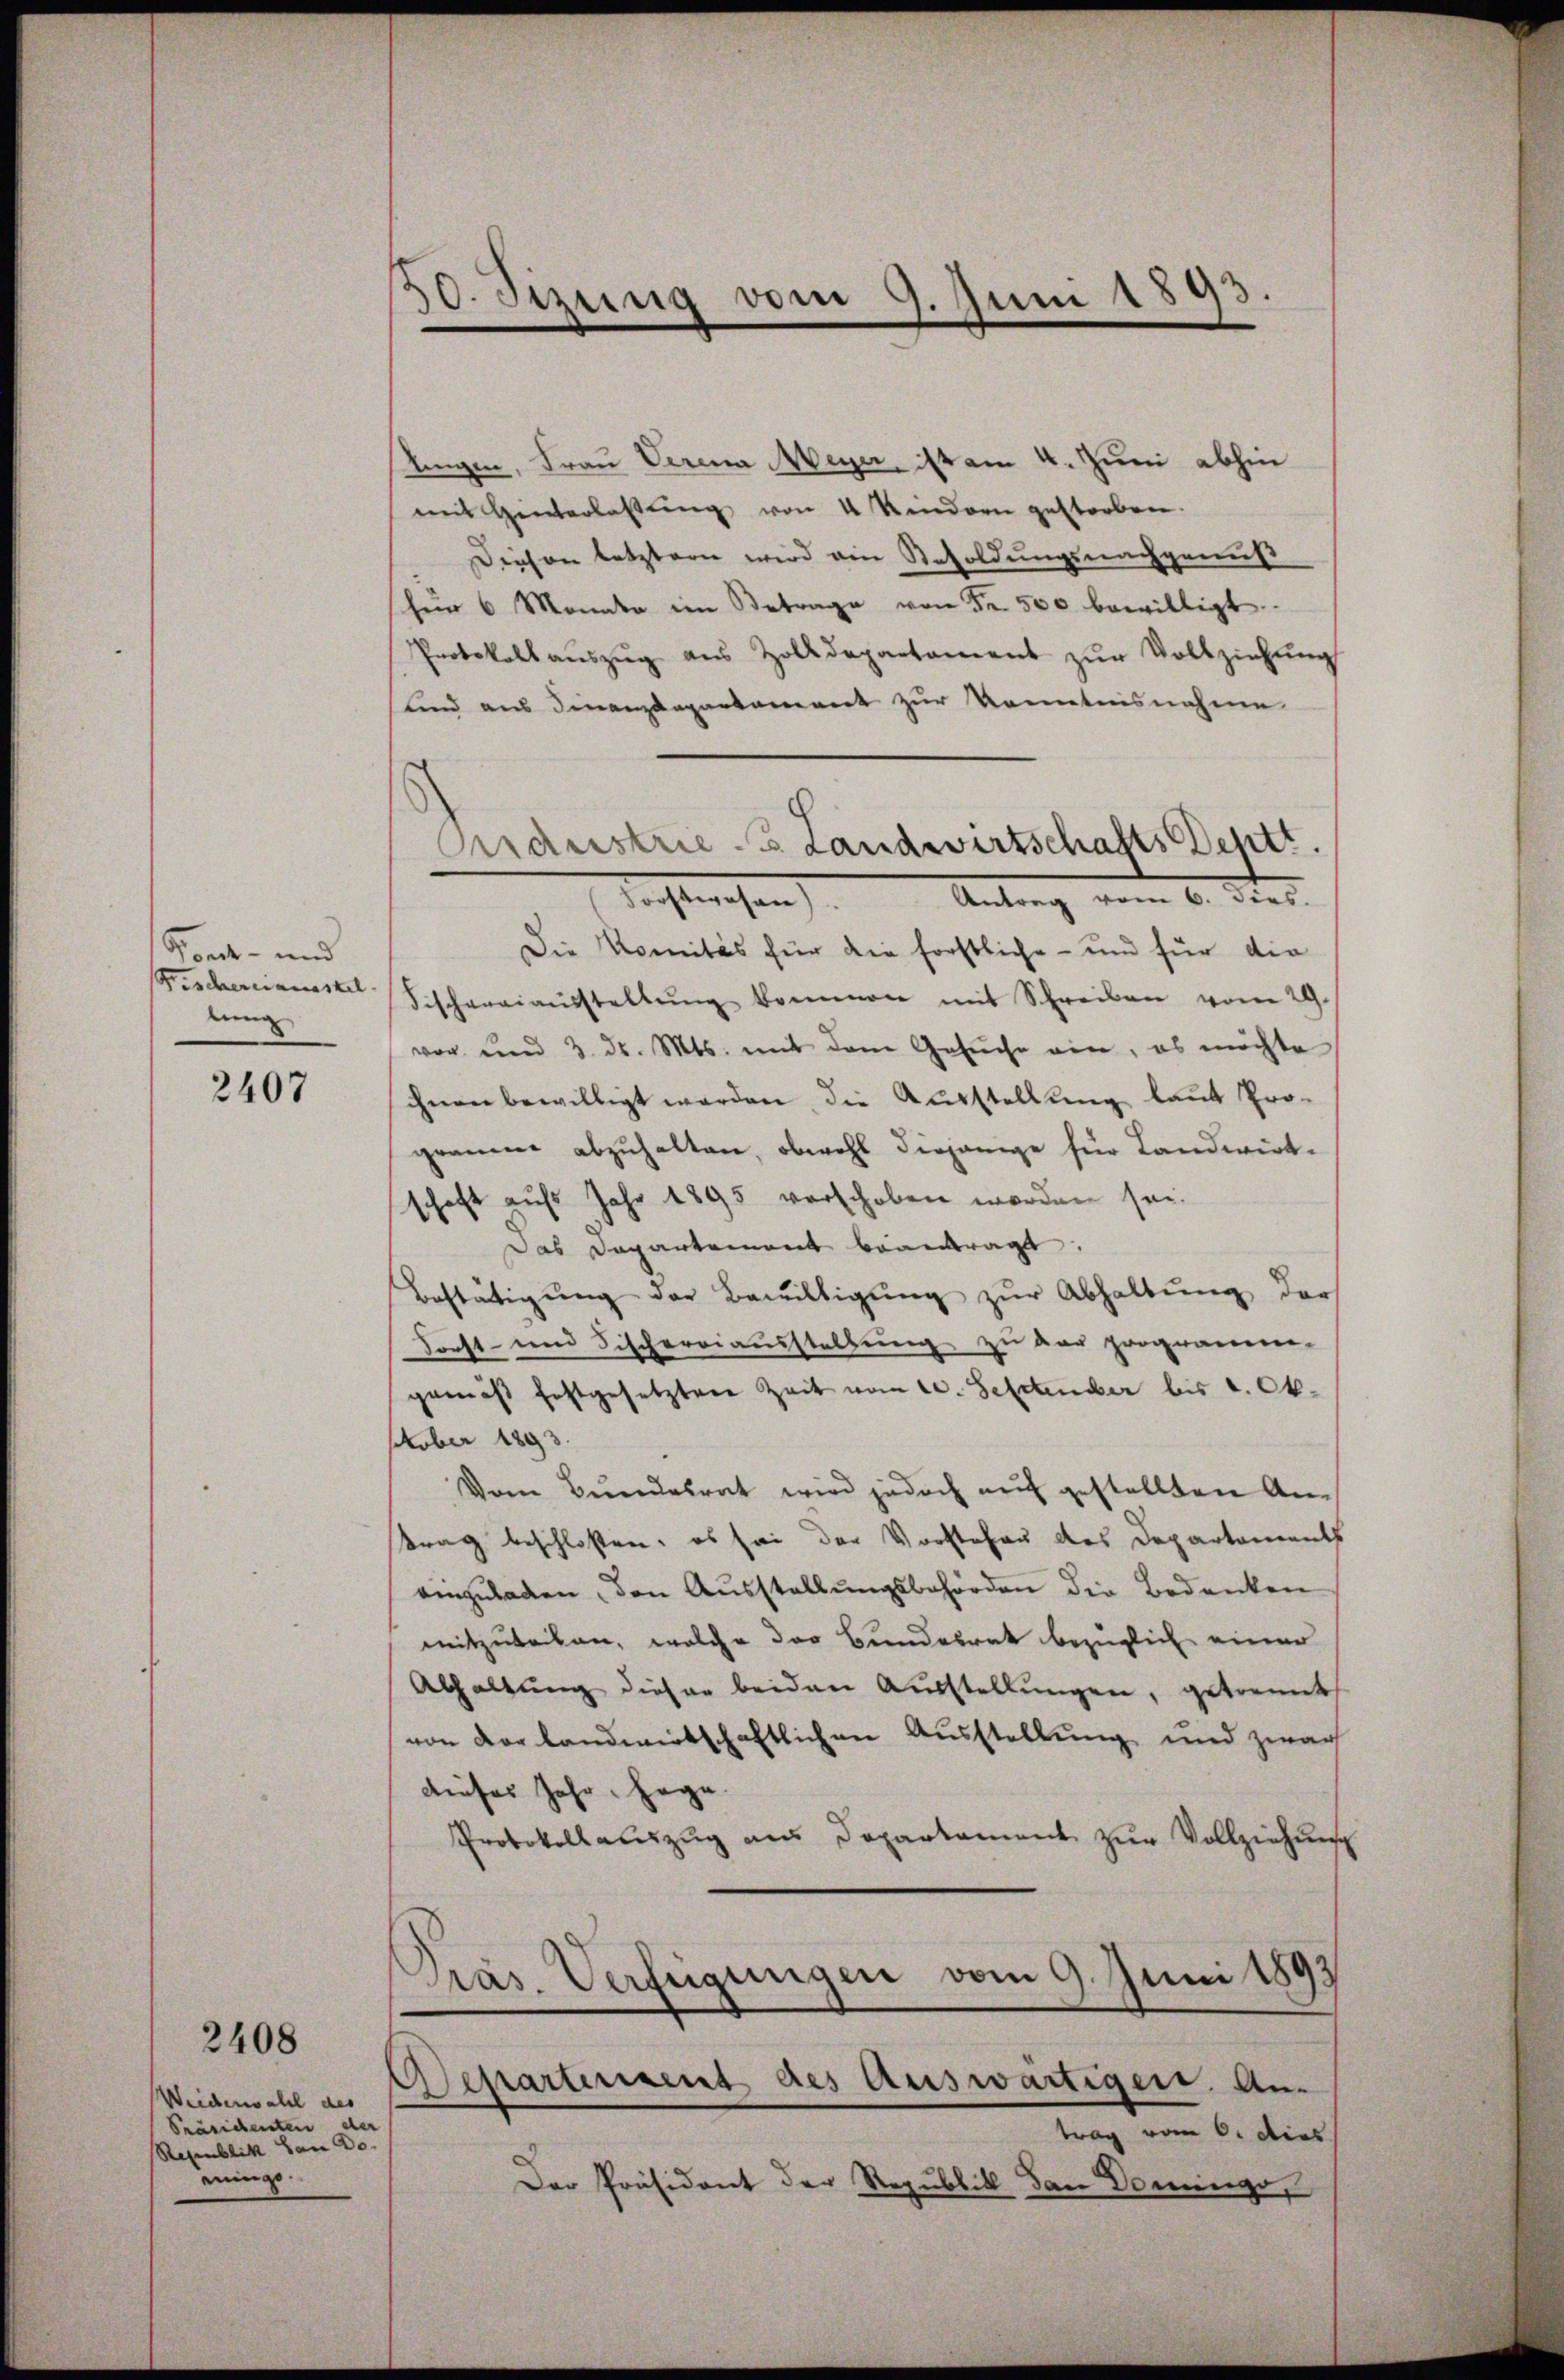
Bonde- und
dung

2407

Weiderwahl des
Präsidenten der
Regenblick an Do
ininge.

2408

10. Sizung vom 9. Juni 1893

lingen, Frau Verena Meyer, ist am 4. Juni abhin
mit Hinterlassŭng von 4 Kindern gestorben.
Diesen letztern wird ein Resoldungsnachgenuß
für 6 Monate im Betrage von Fr. 500 bewilligt.
Protokoll aŭszŭg aŭs Zolldepartament zŭr Vollziehŭng
lind aus Finanzdepartament zur Kenntnisnahme
Die Komités für die forstliche - und für die
Fischerciamast Fischaraiaŭsstellŭng kommen mit Schreiben vom 29.
vor und 3. d. Mts. mit dem Gesŭche ein, es möchte
ihnen bewilligt werden, die Ausstellung laut Pro-
gramm abzuhalten, obwohl diejenige für Landwirt-
schaft auf Jahr 1895 verschoben worden sei.
Das Departement beantragt.
Bestätigŭng der Bewilligŭng zŭr Abhaltŭng der
Forst- und Fischereiausstellung zu der programm-
gemäß festgesetztere Zeit vom 20. September bis a. Ok¬
October 1893.
Vom Bundesrat wird jedoch auf gestellten Antrag beschloßen: es sei der Vorstehen des Departements
einzŭladen, den Ausstellŭngsbehörden die Bedenken
mitzuteilen, welche der Bundesrat bezüglich einer
Abhaltŭng dieser beiden Aŭsstellŭngen, getrennt
von vor landwirtschaftlichen Ausstellung und zwar
dieses Jahr, Hage.
Protokollauszug aus Departament zur Vollziehung
.
Präs. Verfügungen vom 9. Juni 1893
Departerrent des Auswärtigen. An-
trag vom 6. dies
Der Präsident der Republik dan Dominge,

Priderstrie-B. Landwirtschafts Sehtt.
Nachterschen
Antrag vom 6. Dec.